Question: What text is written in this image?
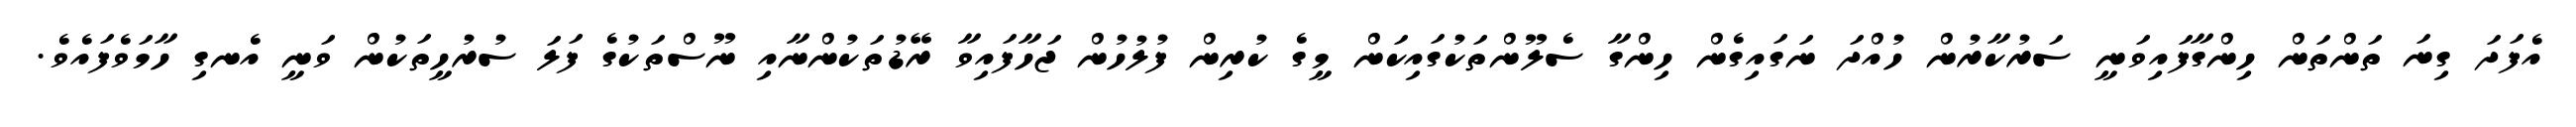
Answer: އެފަދަ ގިނަ ތަންތަން ހިންގާފައިވަނީ ސަރުކާރުން ހުއްދަ ނަގައިގެން ހިންގާ ސެލޫންތަކުގައިކަން މީގެ ކުރިން ފުލުހުން ޖަހާފައިވާ ރޭޑުތަކުންނާއި ނޫސްތަކުގެ ފަލަ ސުރުހީތަކުން ވަނީ އެނގި ހާމަވެފައެވެ.